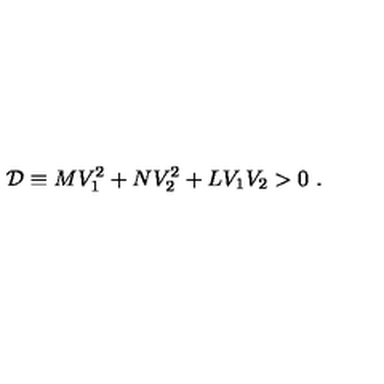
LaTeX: { \cal D } \equiv M V _ { 1 } ^ { 2 } + N V _ { 2 } ^ { 2 } + L V _ { 1 } V _ { 2 } > 0 \ .